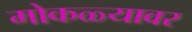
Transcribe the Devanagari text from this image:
मोकळ्यावर